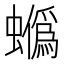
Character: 𧓯